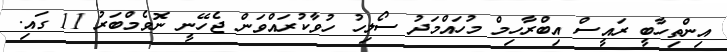
އިންތިހާބީ ރައީސް އިބްރާހިމް މުހައްމަދު ސޯލިހު ހުވާކުރައްވަން ޖެހޭނީ ނޮވެމްބަރު 11 ގައި.